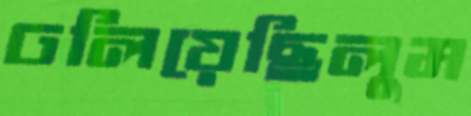
ঢলিয়েছিলুম